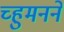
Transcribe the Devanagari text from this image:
च्हुमनने